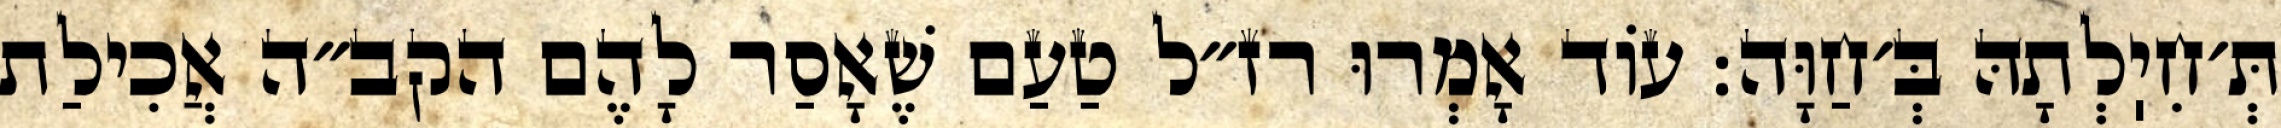
תְּ׳חִיֽלְתָהּ בְּ׳חַוָּה: עוֹד אָמְרוּ רז״ל טַעַם שֶׁאָסַר לָהֶם הקב״ה אֲכִילַת